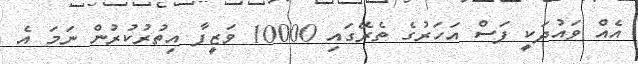
އެއް ވައުދަކީ ފަސް އަހަރުގެ ތެރޭގައި 10000 ވަޒީފާ އިތުރުކުރުން ނަމަ އެ